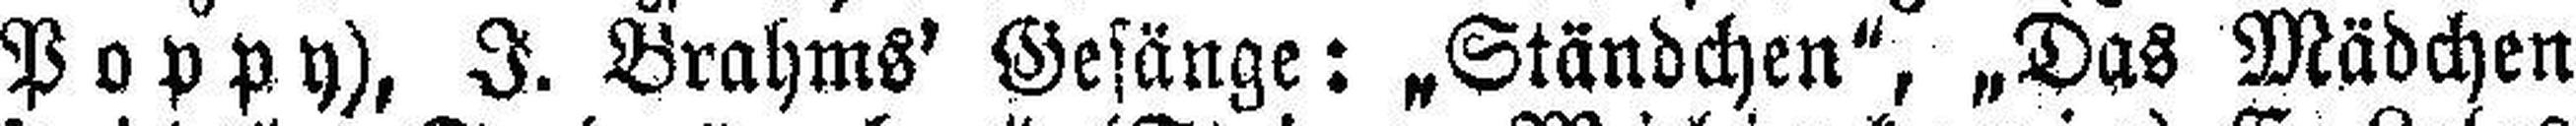
Poppy), I. Brahms' Gesänge: „Ständchen“, „Das Mädchen